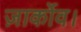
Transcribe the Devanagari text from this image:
ज़ार्कोव।